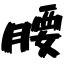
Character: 腰